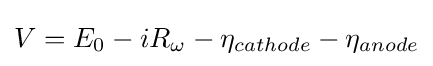
{V}={E}_{0}-{iR}_{\omega }-{\eta }_{cathode}-{\eta }_{anode}